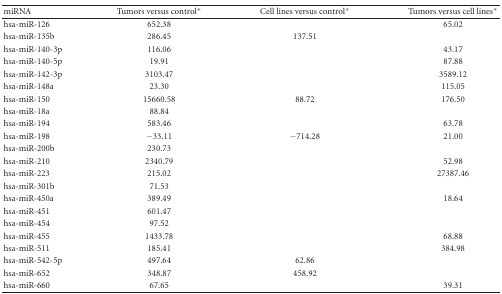
<table><thead><tr><td><b>miRNA</b></td><td><b> Tumors versus control*</b></td><td><b>Cell lines versus control*</b></td><td><b>Tumors versus cell lines*</b></td></tr></thead><tbody><tr><td>hsa-miR-126</td><td>652.38</td><td></td><td>65.02</td></tr><tr><td>hsa-miR-135b</td><td>286.45</td><td>137.51</td><td></td></tr><tr><td>hsa-miR-140-3p</td><td>116.06</td><td></td><td>43.17</td></tr><tr><td>hsa-miR-140-5p</td><td>19.91</td><td></td><td>87.88</td></tr><tr><td>hsa-miR-142-3p</td><td>3103.47</td><td></td><td>3589.12</td></tr><tr><td>hsa-miR-148a</td><td>23.30</td><td></td><td>115.05</td></tr><tr><td>hsa-miR-150</td><td>15660.58</td><td>88.72</td><td>176.50</td></tr><tr><td>hsa-miR-18a</td><td>88.84</td><td></td><td></td></tr><tr><td>hsa-miR-194</td><td>583.46</td><td></td><td>63.78</td></tr><tr><td>hsa-miR-198</td><td>−33.11</td><td>−714.28</td><td>21.00</td></tr><tr><td>hsa-miR-200b</td><td>230.73</td><td></td><td></td></tr><tr><td>hsa-miR-210</td><td>2340.79</td><td></td><td>52.98</td></tr><tr><td>hsa-miR-223</td><td>215.02</td><td></td><td>27387.46</td></tr><tr><td>hsa-miR-301b</td><td>71.53</td><td></td><td></td></tr><tr><td>hsa-miR-450a</td><td>389.49</td><td></td><td>18.64</td></tr><tr><td>hsa-miR-451</td><td>601.47</td><td></td><td></td></tr><tr><td>hsa-miR-454</td><td>97.52</td><td></td><td></td></tr><tr><td>hsa-miR-455</td><td>1433.78</td><td></td><td>68.88</td></tr><tr><td>hsa-miR-511</td><td>185.41</td><td></td><td>384.98</td></tr><tr><td>hsa-miR-542-5p</td><td>497.64</td><td>62.86</td><td></td></tr><tr><td>hsa-miR-652</td><td>348.87</td><td>458.92</td><td></td></tr><tr><td>hsa-miR-660</td><td>67.65</td><td></td><td>39.31</td></tr></tbody></table>